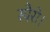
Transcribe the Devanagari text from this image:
स्पैरो।